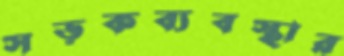
সড়কব্যবস্থার